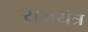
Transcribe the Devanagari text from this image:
राजयंत्र